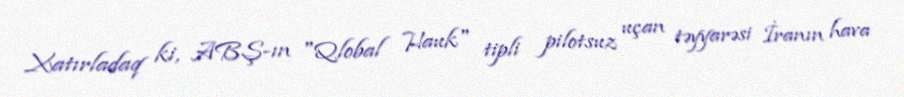
Xatırladaq ki, ABŞ-ın "Qlobal Hauk" tipli pilotsuz uçan təyyarəsi İranın hava